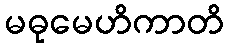
မဓုမေဟိကာတိ